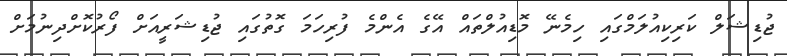
ޖުޑިޝަލް ކަރިކިއުލަމްގައި ހިމެނޭ މޮޑިއުލްތައް އޭގެ އެންމެ ފުރިހަމަ ގޮތުގައި ޖުޑިޝަރީއަށް ފޯރުކޮށްދިނުމަށް